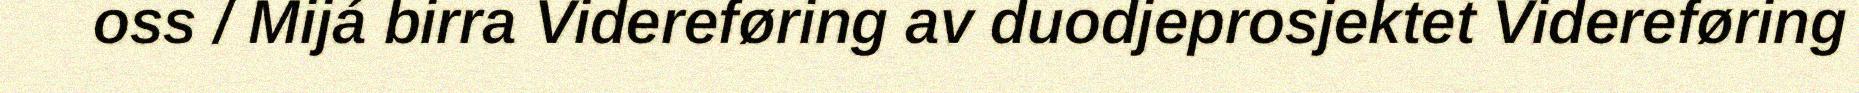
oss / Mijá birra Videreføring av duodjeprosjektet Videreføring